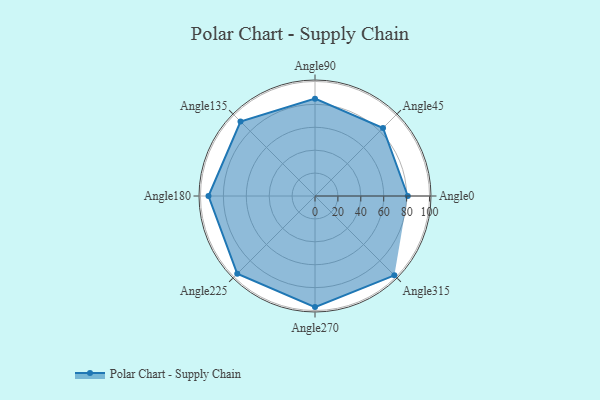
{"axis": {"x": "Angle", "y": "Radius"}, "legend": [""], "data": [{"x": "Angle0", "y": 81.0, "type": ""}, {"x": "Angle45", "y": 84.0, "type": ""}, {"x": "Angle90", "y": 85.0, "type": ""}, {"x": "Angle135", "y": 92.0, "type": ""}, {"x": "Angle180", "y": 93.0, "type": ""}, {"x": "Angle225", "y": 96.0, "type": ""}, {"x": "Angle270", "y": 97.0, "type": ""}, {"x": "Angle315", "y": 98.0, "type": ""}]}